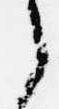
之